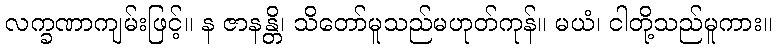
လက္ခဏာကျမ်းဖြင့်။ န ဇာနန္တိ၊ သိတော်မူသည်မဟုတ်ကုန်။ မယံ၊ ငါတို့သည်မူကား။